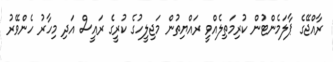
ރާއްޖޭގެ ޕާލަމެންޓުން ކުރިމަތިލެއްވީ ރައްޔިތުން މަޖިލީހުގެ ކުރީގެ ރައީސް އަދި މިހާރު ހެންވޭރު